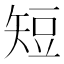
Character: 短